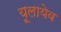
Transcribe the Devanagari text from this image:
यूलायेव